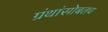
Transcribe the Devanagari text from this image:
ग्रंथांसोबतच